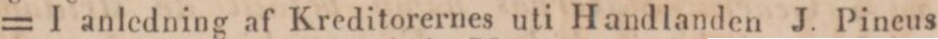
= I anledning af Kreditorernes uti Handlanden J. Pineus